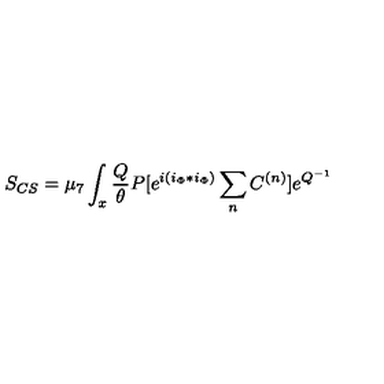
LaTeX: S _ { C S } = \mu _ { 7 } \int _ { x } { \frac { Q } { \theta } } P [ e ^ { i ( i _ { \Phi } * i _ { \Phi } ) } \sum _ { n } C ^ { ( n ) } ] e ^ { Q ^ { - 1 } }